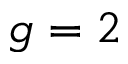
g = 2